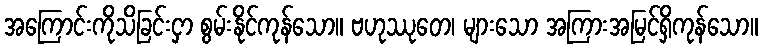
အကြောင်းကိုသိခြင်းငှာ စွမ်းနိုင်ကုန်သော။ ဗဟုဿုတေ၊ များသော အကြားအမြင်ရှိကုန်သော။